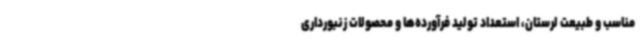
مناسب و طبیعت لرستان‌، استعداد تولید فرآورده‌ها و محصولات زنبورداری